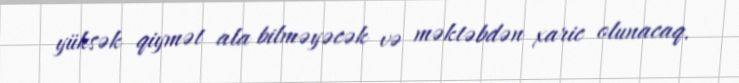
yüksək qiymət ala bilməyəcək və məktəbdən xaric olunacaq.